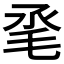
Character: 𣬻